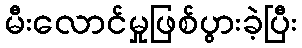
မီးလောင်မှုဖြစ်ပွားခဲ့ပြီး